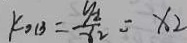
k _ { O B } = \frac { y _ { 2 } } { x _ { 2 } } = x _ { 2 }